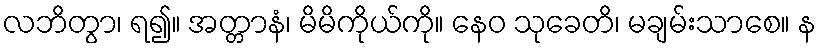
လဘိတွာ၊ ရ၍။ အတ္တာနံ၊ မိမိကိုယ်ကို။ နေဝ သုခေတိ၊ မချမ်းသာစေ။ န